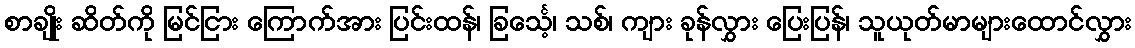
စာချိုး ဆိတ်ကို မြင်ငြား ကြောက်အား ပြင်းထန်၊ ခြင်္သေ့၊ သစ်၊ ကျား ခုန်လွှား ပြေးပြန်၊ သူယုတ်မာများထောင်လွှား